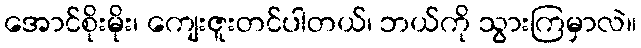
အောင်စိုးမိုး၊ ကျေးဇူးတင်ပါတယ်၊ ဘယ်ကို သွားကြမှာလဲ။